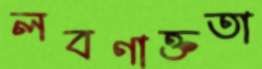
লবণাক্ততা